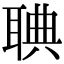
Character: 𦖌